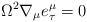
\begin{align*}\Omega^{2} \nabla_{\mu}e^{\mu}_{\tau} = 0\end{align*}